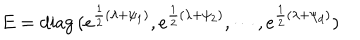
E = \mathrm { d i a g } \, ( e ^ { { \frac { 1 } { 2 } } ( \lambda + \psi _ { 1 } ) } , e ^ { { \frac { 1 } { 2 } } ( \lambda + \psi _ { 2 } ) } , \cdots , e ^ { { \frac { 1 } { 2 } } ( \lambda + \psi _ { d } ) } )